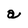
Character: a